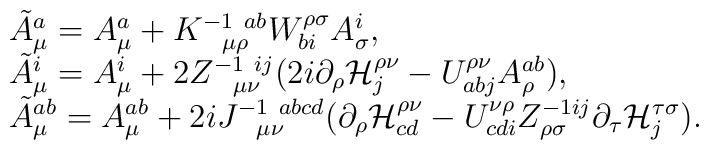
\begin{array}{ll}&\tilde{A}_\mu^a= A_\mu^a+K^{-1\ ab}_{~~\mu\rho}W^{\rho\sigma}_{bi} A_\sigma^i,\\ &\tilde{A}_\mu^{i}=A_\mu^{i}+2Z^{-1\ ij}_{~~\mu\nu} (2i \partial_\rho {\cal H}^{\rho\nu}_j-U^{\rho\nu}_{abj} A_\rho^{ab}),\\&\tilde{A}_\mu^{ab}=A_\mu^{ab}+2iJ^{-1\ abcd}_{~~\mu\nu}(\partial_\rho {\cal H}^{\rho\nu}_{cd}- U^{\nu\rho}_{cdi} Z^{-1\ij}_{\rho\sigma} \partial_\tau {\cal H}^{\tau\sigma}_{j}).\end{array}